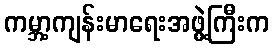
ကမ္ဘာ့ကျန်းမာရေးအဖွဲ့ကြီးက